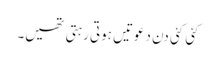
کئی کئی دن دعوتیں ہوتی رہتی تھیں۔